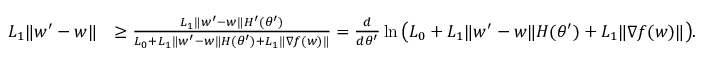
\begin{array} { r l } { L _ { 1 } \| w ^ { \prime } - w \| } & { \ge \frac { L _ { 1 } \| w ^ { \prime } - w \| H ^ { \prime } ( \theta ^ { \prime } ) } { L _ { 0 } + L _ { 1 } \| w ^ { \prime } - w \| H ( \theta ^ { \prime } ) + L _ { 1 } \| \nabla f ( w ) \| } = \frac { d } { d \theta ^ { \prime } } \ln \big ( L _ { 0 } + L _ { 1 } \| w ^ { \prime } - w \| H ( \theta ^ { \prime } ) + L _ { 1 } \| \nabla f ( w ) \| \big ) . } \end{array}